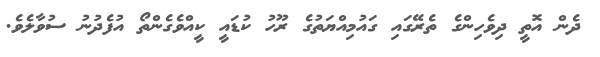
ދެން އޮތީ ދިވެހިންގެ ތެރޭގައި ގައުމިއްޔަތުގެ ރޫހު ކުޑައީ ކީއްވެގެންތޯ އުފެދުނު ސުވާލެވެ.